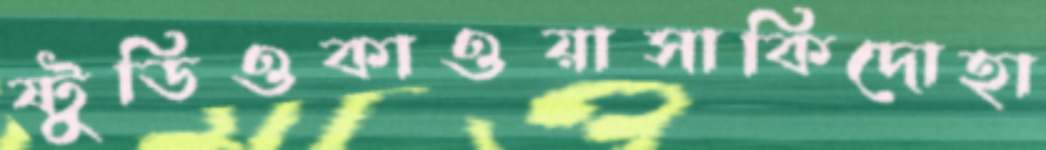
ষ্টুডিওকাওয়াসাকিদোহা